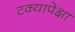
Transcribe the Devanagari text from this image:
टक्यापेक्षा